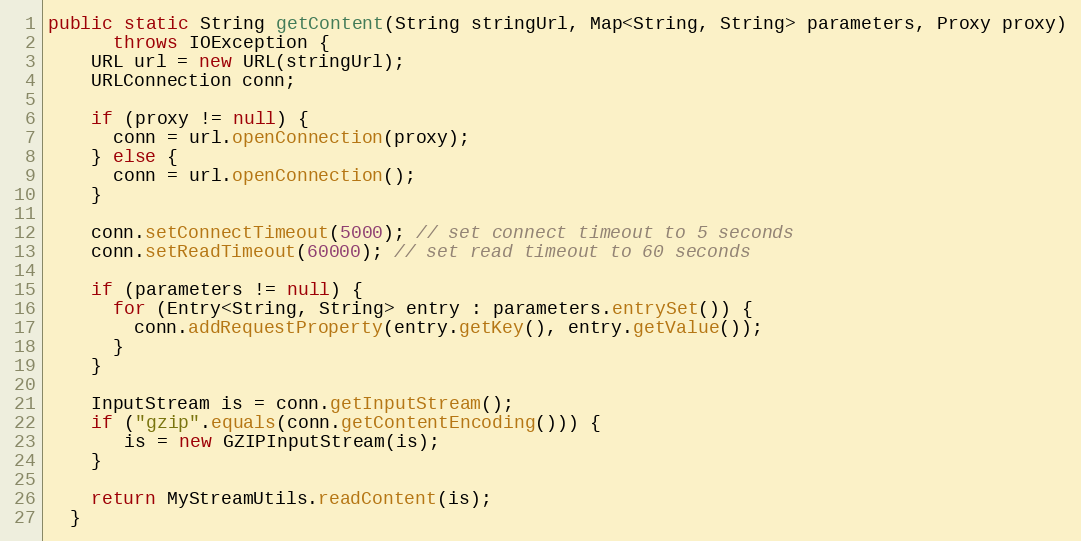
Language: Java
public static String getContent(String stringUrl, Map<String, String> parameters, Proxy proxy)
      throws IOException {
    URL url = new URL(stringUrl);
    URLConnection conn;

    if (proxy != null) {
      conn = url.openConnection(proxy);
    } else {
      conn = url.openConnection();
    }

    conn.setConnectTimeout(5000); // set connect timeout to 5 seconds
    conn.setReadTimeout(60000); // set read timeout to 60 seconds

    if (parameters != null) {
      for (Entry<String, String> entry : parameters.entrySet()) {
        conn.addRequestProperty(entry.getKey(), entry.getValue());
      }
    }

    InputStream is = conn.getInputStream();
    if ("gzip".equals(conn.getContentEncoding())) {
       is = new GZIPInputStream(is);
    }

    return MyStreamUtils.readContent(is);
  }